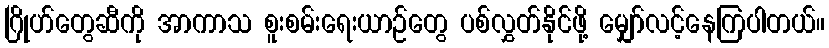
ဂြိုဟ်တွေဆီကို အာကာသ စူးစမ်းရေးယာဉ်တွေ ပစ်လွှတ်နိုင်ဖို့ မျှော်လင့်နေကြပါတယ်။